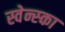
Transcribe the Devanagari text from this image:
स्वेन्स्का